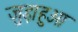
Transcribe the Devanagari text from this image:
जुड़ाहुआ